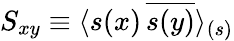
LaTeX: S_{xy}\equiv\langle s(x)\, {\overline{{s(y)}}}\rangle_{(s)}